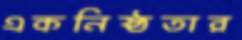
একনিষ্ঠতার